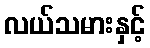
လယ်သမားနှင့်